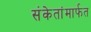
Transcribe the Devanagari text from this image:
संकेतांमार्फत